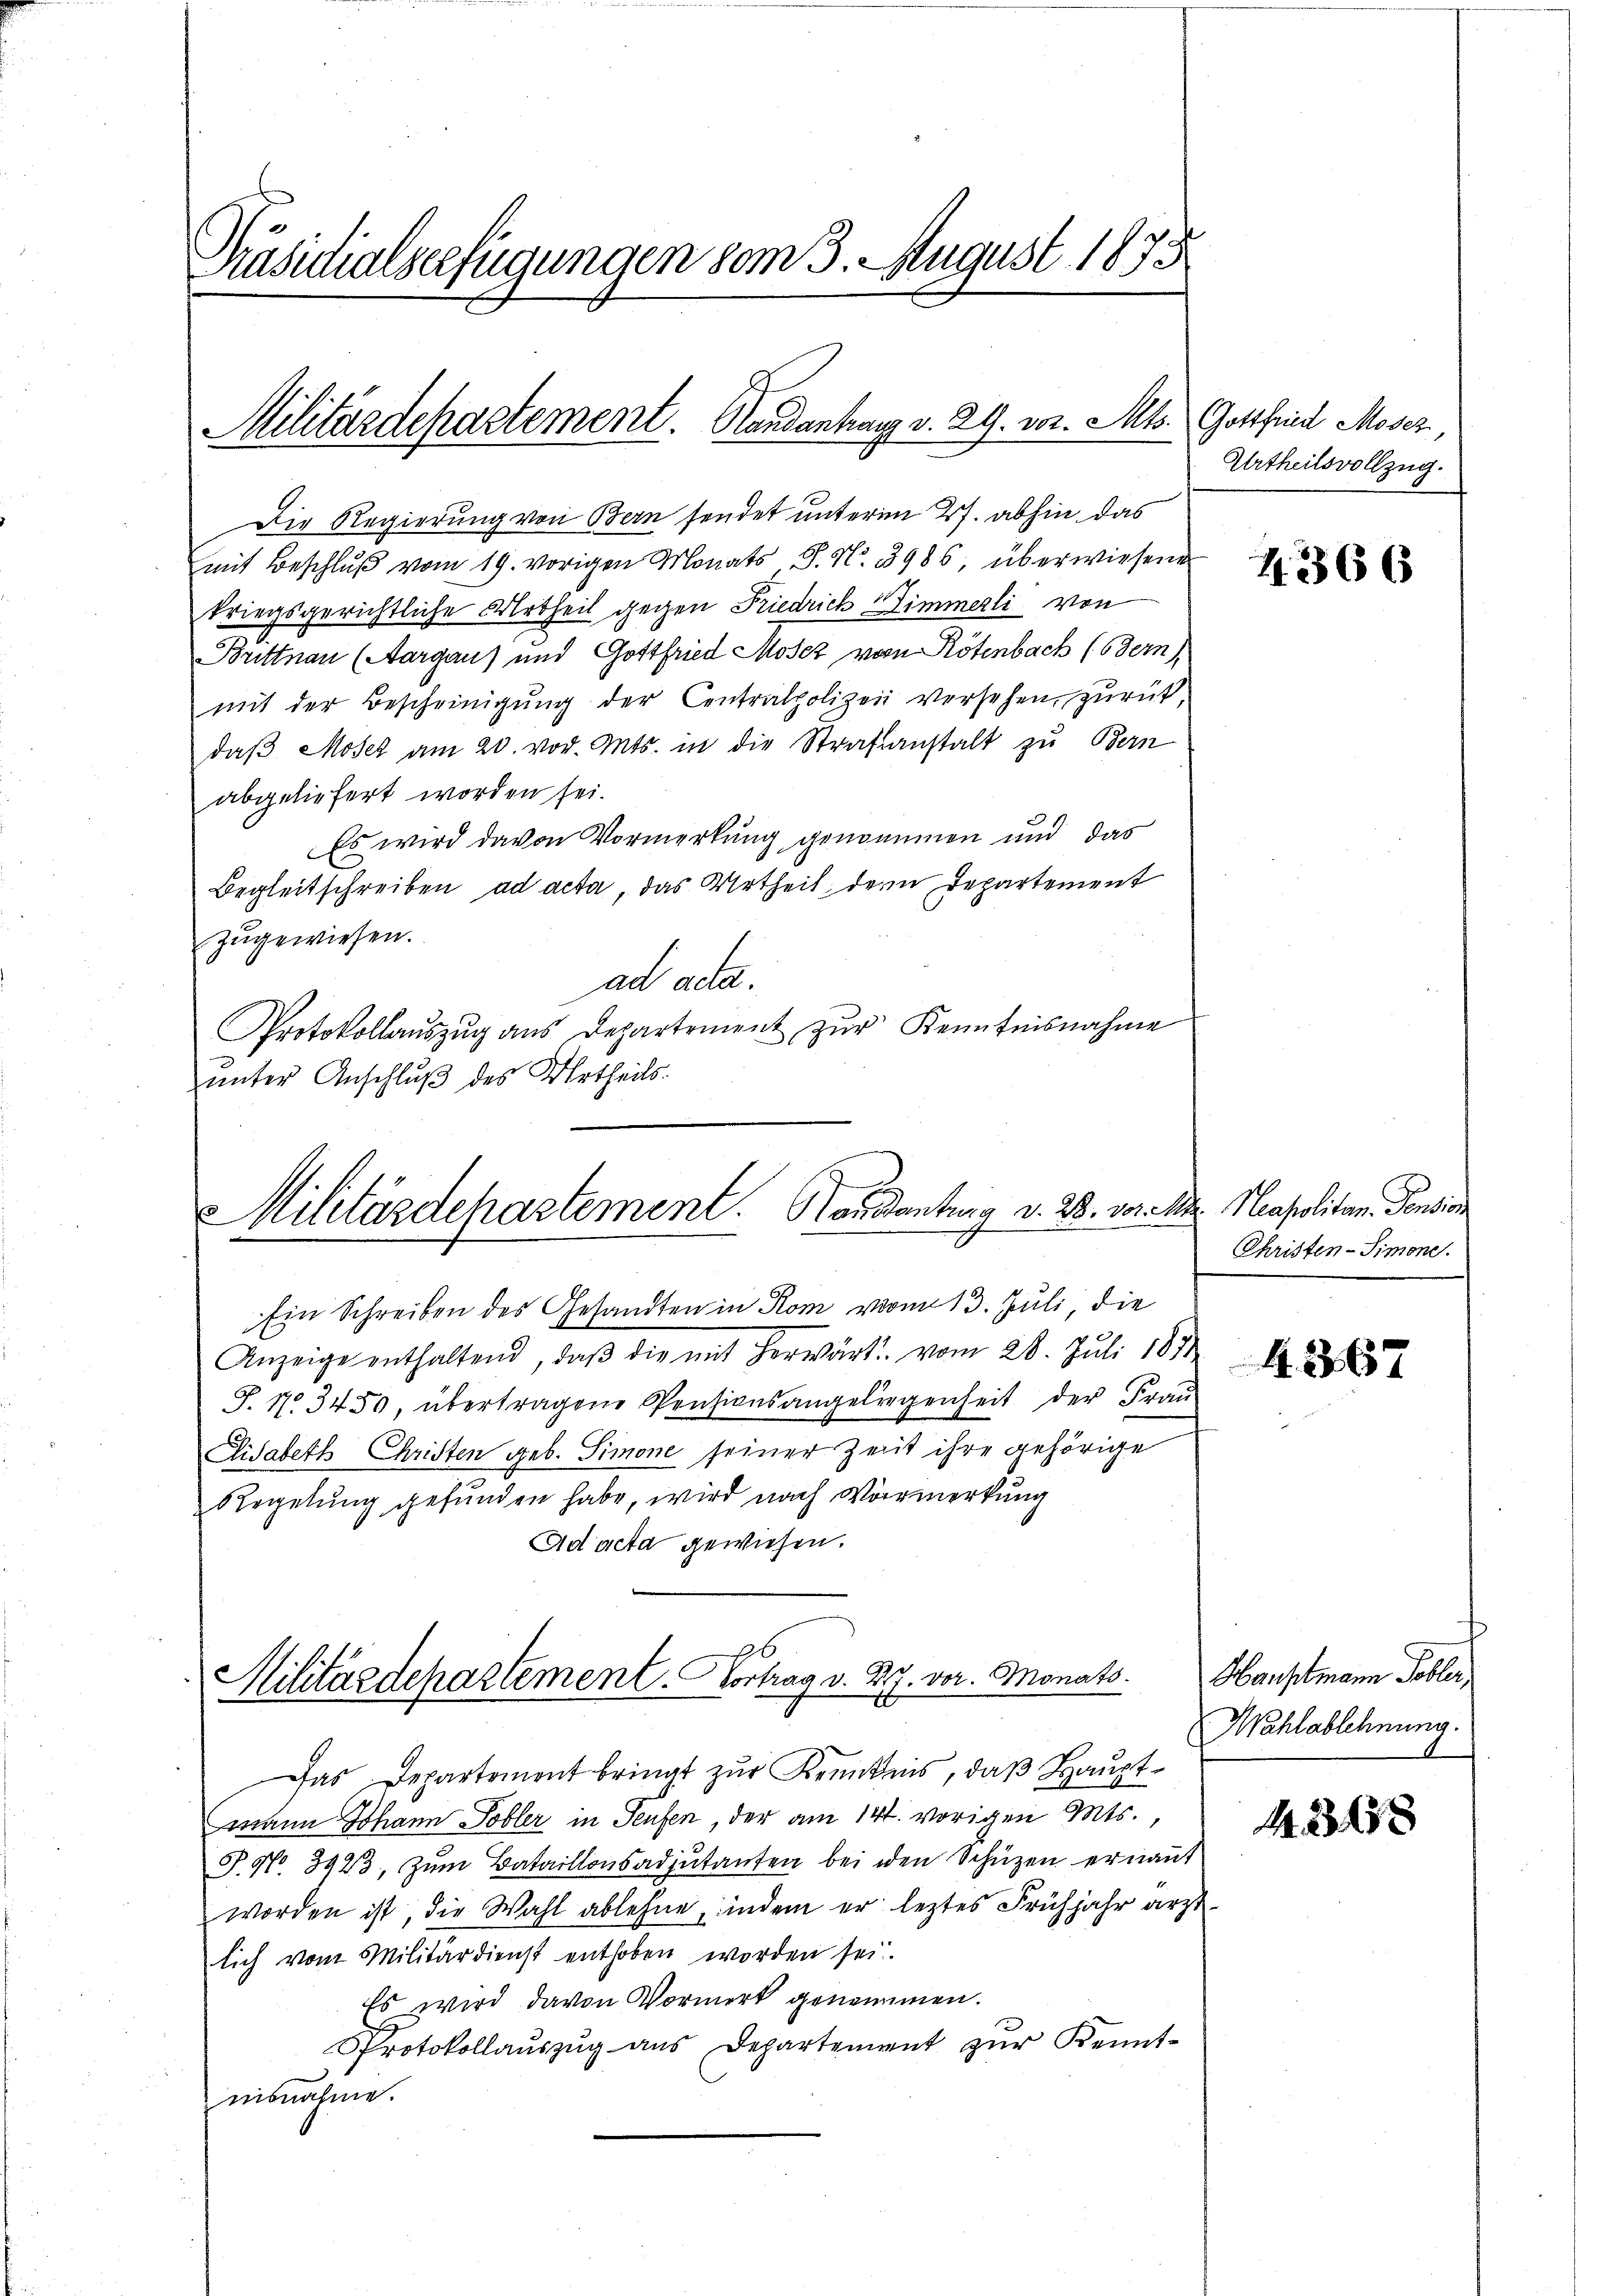
Präsidialserfügungen vom 3. August 1875

Militärdepartement. Handanharz v. 29. vor. Mts.

Die Regierung von Bern sendet unterm 27. abhin das
mit Beschlŭβ vom 19. vorigen Monats J. No. 3986 überwiesene
triegsgerichtliche Urtheil gegen Friedrich Zimmerli von
Brittnau (Aargau) und Gottfried Mosez von Rötenbach (Bern
mit der Bescheinigŭng der Centralpolizei versehen, zurück,
daβ Moser am 20. vor. Mts. in die Strafanstalt zu Bern
abgeliefert worden sei.
Es wird davon Vormerkung genommen und das
Begleitschreiben ad acta, das Urtheil, der Departement
zŭgewiesen.
ad acta.
Protokollaŭszŭg ans Departement zŭr Kenntnisnahme
ŭnter Anschluß des Urtheils.

Militärdehartement. Handantung v. 28. vor der Napolitar-Pension

Ein Schreiben des Gesandten in Rom vom 13. Juli, die
Anzeige enthaltend, daβ die mit herwärts. vom 28. Juli 1871
J. 17. 3450, übertragene Pensionsangeliegenheit der Frau
Lisabeth Christen geb. Simone seiner Zeit ihre gehörige
Regelung gefunden habe, wird nach Vormerkung
Ad acta gewiesen.
96
Militärdepartement. Vortrag v. R. vor. Monats

Gottfried Mosez,
Urtheilsvollzug.

Das Departement bringt zur Kenntnis, daß Hauptmann Johann Tobler in Teufen, der am 14t. vorigen Mts.,
J. No. 3923, zum Bataillonsadjutanten bei den Schüzen ernannt
worden ist, die Wahl ablehne, indem er leztes Frühjahr ärztlich vom Militärdienst enthoben worden sei.
Es wird davon Vormerk genommen.
Protokollauszug aus Departement zur Kenntnisnahme.

Z. 366

Christen-Simone.

4367

Hauptmann Tobler,
 Wahlablehnung.

1230x